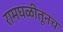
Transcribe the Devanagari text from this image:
रामघळीतूनच